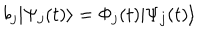
b _ { j } | \Psi _ { j } ( t ) \rangle = \Phi _ { j } ( t ) | \Psi _ { j } ( t ) \rangle